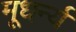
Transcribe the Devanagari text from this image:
मूधर्न्य